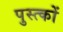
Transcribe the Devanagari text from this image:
पुस्त्कों